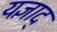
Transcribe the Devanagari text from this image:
यज्ञाद्‌